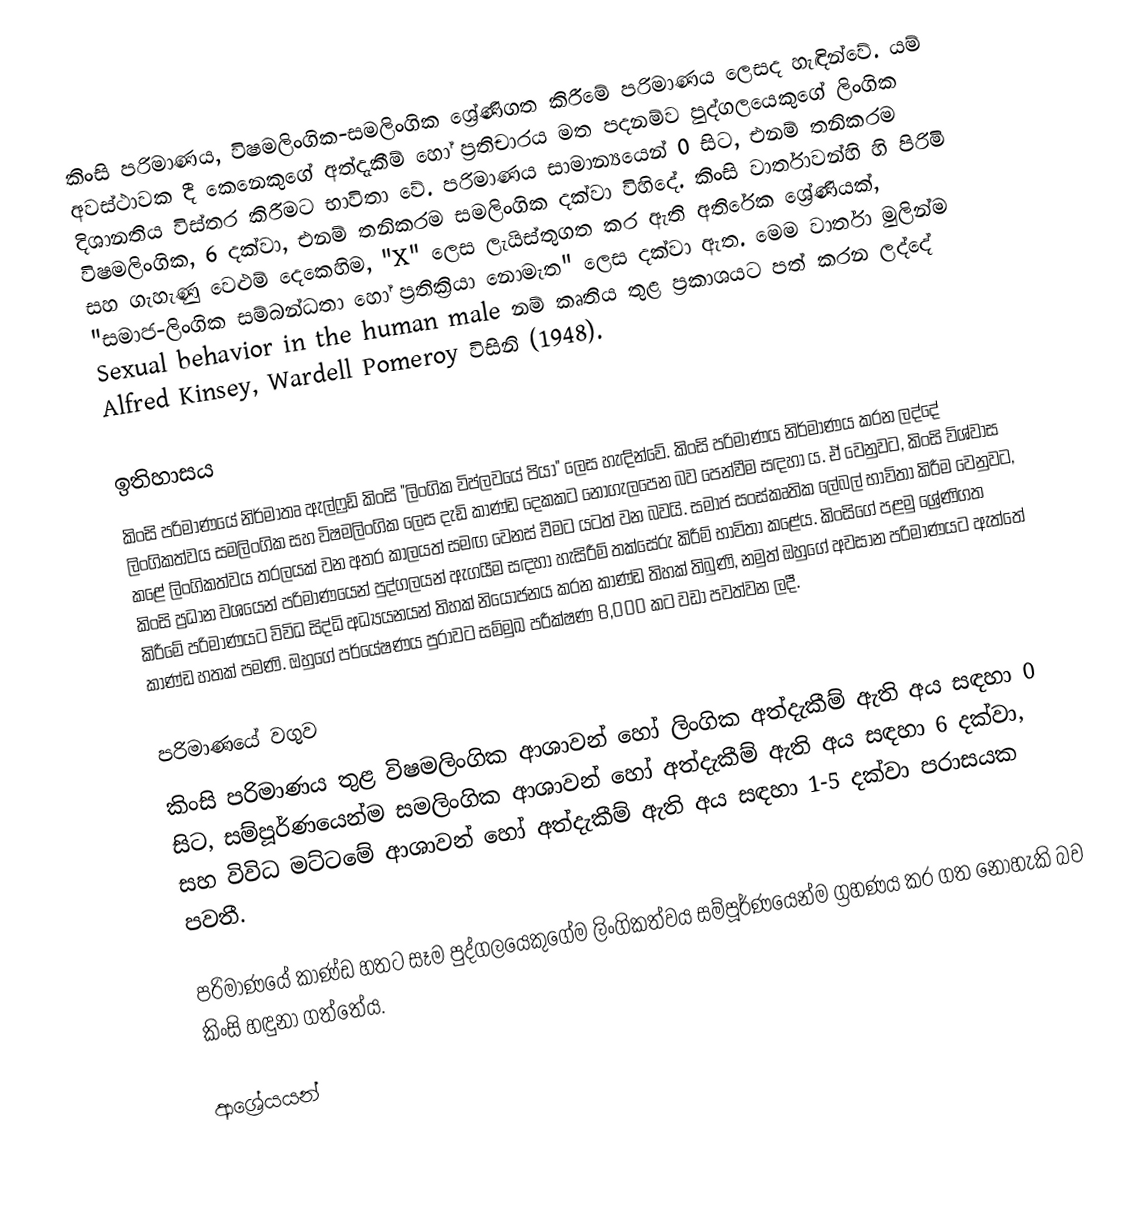
කිංසි පරිමාණය, විෂමලිංගික-සමලිංගික ශ්‍රේණිගත කිරීමේ පරිමාණය ලෙසද හැඳින්වේ. යම් අවස්ථාවක දී කෙනෙකුගේ අත්දැකීම් හෝ ප්‍රතිචාරය මත පදනම්ව පුද්ගලයෙකුගේ ලිංගික දිශානතිය විස්තර කිරීමට භාවිතා වේ. පරිමාණය සාමාන්‍යයෙන් 0 සිට, එනම් තනිකරම විෂමලිංගික, 6 දක්වා, එනම් තනිකරම සමලිංගික දක්වා විහිදේ. කිංසි වාර්තාවන්හි හි පිරිමි සහ ගැහැණු වෙළුම් දෙකෙහිම, "X" ලෙස ලැයිස්තුගත කර ඇති අතිරේක ශ්‍රේණියක්, "සමාජ-ලිංගික සම්බන්ධතා හෝ ප්‍රතික්‍රියා නොමැත" ලෙස දක්වා ඇත. මෙම වාර්තා මුලින්ම Sexual behavior in the human male නම් කෘතිය තුළ ප්‍රකාශයට පත් කරන ලද්දේ Alfred Kinsey, Wardell Pomeroy විසිනි (1948).

ඉතිහාසය
කිංසි පරිමාණයේ නිර්මාතෘ ඇල්ෆ්‍රඩ් කිංසි "ලිංගික විප්ලවයේ පියා" ලෙස හැඳින්වේ. කිංසි පරිමාණය නිර්මාණය කරන ලද්දේ ලිංගිකත්වය සමලිංගික සහ විෂමලිංගික ලෙස දැඩි කාණ්ඩ දෙකකට නොගැලපෙන බව පෙන්වීම සඳහා ය. ඒ වෙනුවට, කිංසි විශ්වාස කළේ ලිංගිකත්වය තරලයක් වන අතර කාලයත් සමඟ වෙනස් වීමට යටත් වන බවයි. සමාජ සංස්කෘතික ලේබල් භාවිතා කිරීම වෙනුවට, කිංසි ප්‍රධාන වශයෙන් පරිමාණයෙන් පුද්ගලයන් ඇගයීම සඳහා හැසිරීම් තක්සේරු කිරීම් භාවිතා කළේය. කිංසිගේ පළමු ශ්‍රේණිගත කිරීමේ පරිමාණයට විවිධ සිද්ධි අධ්‍යයනයන් තිහක් නියෝජනය කරන කාණ්ඩ තිහක් තිබුණි, නමුත් ඔහුගේ අවසාන පරිමාණයට ඇත්තේ කාණ්ඩ හතක් පමණි. ඔහුගේ පර්යේෂණය පුරාවට සම්මුඛ පරීක්ෂණ 8,000 කට වඩා පවත්වන ලදී.

පරිමාණයේ වගුව
කිංසි පරිමාණය තුළ විෂමලිංගික ආශාවන් හෝ ලිංගික අත්දැකීම් ඇති අය සඳහා 0 සිට, සම්පූර්ණයෙන්ම සමලිංගික ආශාවන් හෝ අත්දැකීම් ඇති අය සඳහා 6 දක්වා, සහ විවිධ මට්ටමේ ආශාවන් හෝ අත්දැකීම් ඇති අය සඳහා 1-5 දක්වා පරාසයක පවතී.

පරිමාණයේ කාණ්ඩ හතට සෑම පුද්ගලයෙකුගේම ලිංගිකත්වය සම්පූර්ණයෙන්ම ග්‍රහණය කර ගත නොහැකි බව කිංසි හඳුනා ගත්තේය.

ආශ්‍රේයයන්